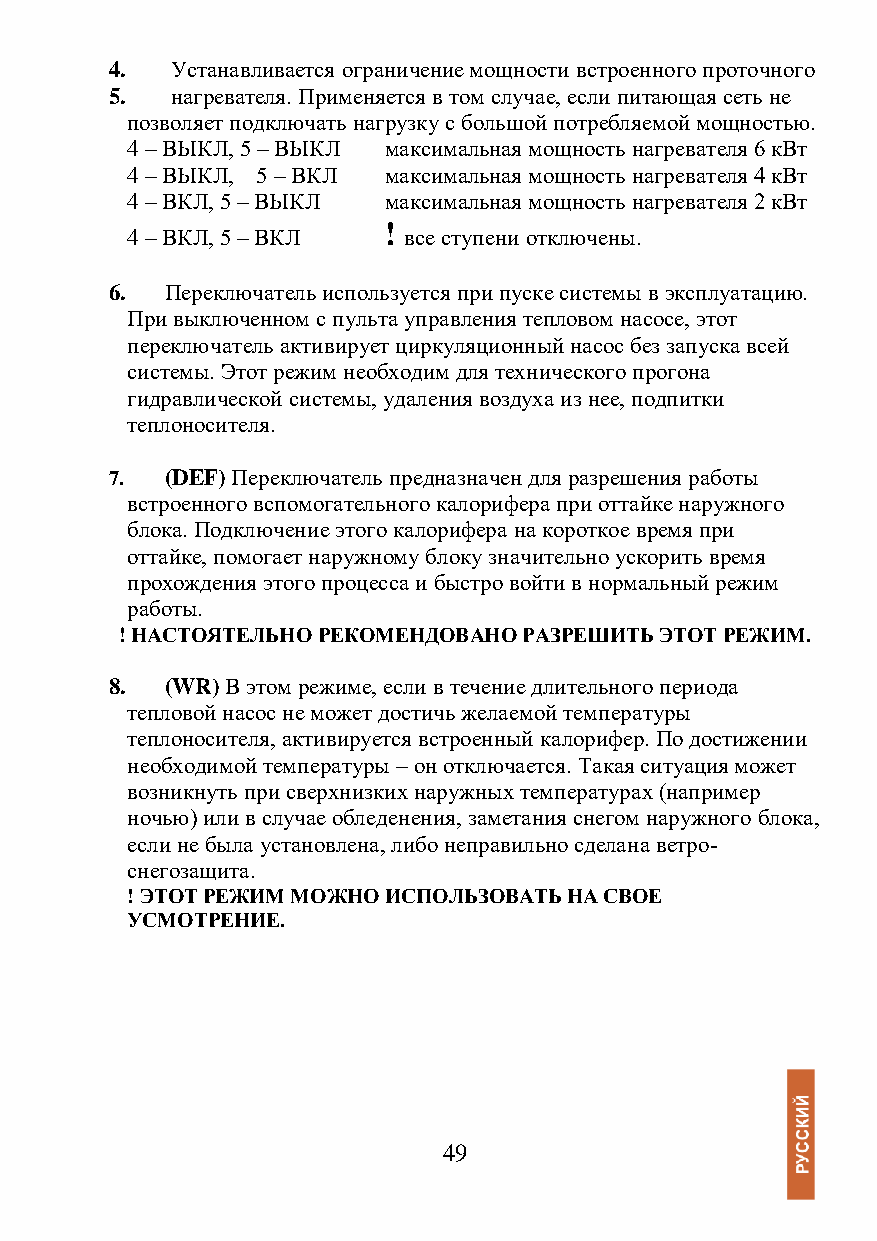
4.  Устанавливается ограничение мощности встроенного проточного
 5.  нагревателя. Применяется в том случае, если питающая сеть не
 позволяет подключать нагрузку с большой потребляемой мощностью.
 4 – ВЫКЛ, 5 – ВЫКЛ максимальная мощность нагревателя 6 кВт
 4 – ВЫКЛ, 5 – ВКЛ максимальная мощность нагревателя 4 кВт
 4 – ВКЛ, 5 – ВЫКЛ максимальная мощность нагревателя 2 кВт
 !
 4 – ВКЛ, 5 – ВКЛ   все ступени отключены.
 6.  Переключатель используется при пуске системы в эксплуатацию.
 При выключенном с пульта управления тепловом насосе, этот
 переключатель активирует циркуляционный насос без запуска всей
 системы. Этот режим необходим для технического прогона
 гидравлической системы, удаления воздуха из нее, подпитки
 теплоносителя.
 7.  (DEF) Переключатель предназначен для разрешения работы
 встроенного вспомогательного калорифера при оттайке наружного
 блока. Подключение этого калорифера на короткое время при
 оттайке, помогает наружному блоку значительно ускорить время
 прохождения этого процесса и быстро войти в нормальный режим
 работы.
 ! НАСТОЯТЕЛЬНО РЕКОМЕНДОВАНО РАЗРЕШИТЬ ЭТОТ РЕЖИМ.
 8.  (WR) В этом режиме, если в течение длительного периода
 тепловой насос не может достичь желаемой температуры
 теплоносителя, активируется встроенный калорифер. По достижении
 необходимой температуры – он отключается. Такая ситуация может
 возникнуть при сверхнизких наружных температурах (например
 ночью) или в случае обледенения, заметания снегом наружного блока,
 если не была установлена, либо неправильно сделана ветро-
 снегозащита.
 ! ЭТОТ РЕЖИМ МОЖНО ИСПОЛЬЗОВАТЬ НА СВОЕ
 УСМОТРЕНИЕ.
 49